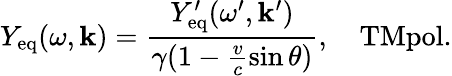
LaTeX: Y_{\mathrm{eq}}(\omega,\mathbf{k})=\frac{Y_{\mathrm{eq}}^{\prime}(\omega^{\prime},\mathbf{k}^{\prime})}{\gamma(1-\frac{v}{c}\sin\theta)},\quad\textrm{TMpol.}